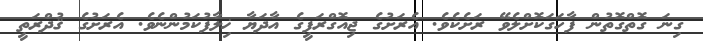
ގިނަ ގޮތްގޮތުން ފާހަގަކޮށްލެވޭ ރަށެކެވެ. އެރަށުގެ ޖިއޮގްރަފީގެ އާދަޔާ ޚިލާފުކަމުންނެވެ. އެރަށުގެ ޤުދްރަތީ